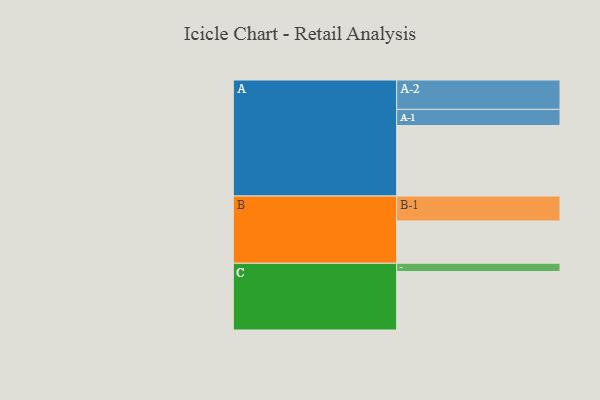
{"axis": {"x": "Segment", "y": "Value"}, "legend": ["", "A", "B", "C"], "data": [{"x": "A", "y": 555, "type": ""}, {"x": "B", "y": 333, "type": ""}, {"x": "C", "y": 460, "type": ""}, {"x": "A-1", "y": 127, "type": "A"}, {"x": "A-2", "y": 231, "type": "A"}, {"x": "B-1", "y": 196, "type": "B"}, {"x": "C-1", "y": 65, "type": "C"}]}